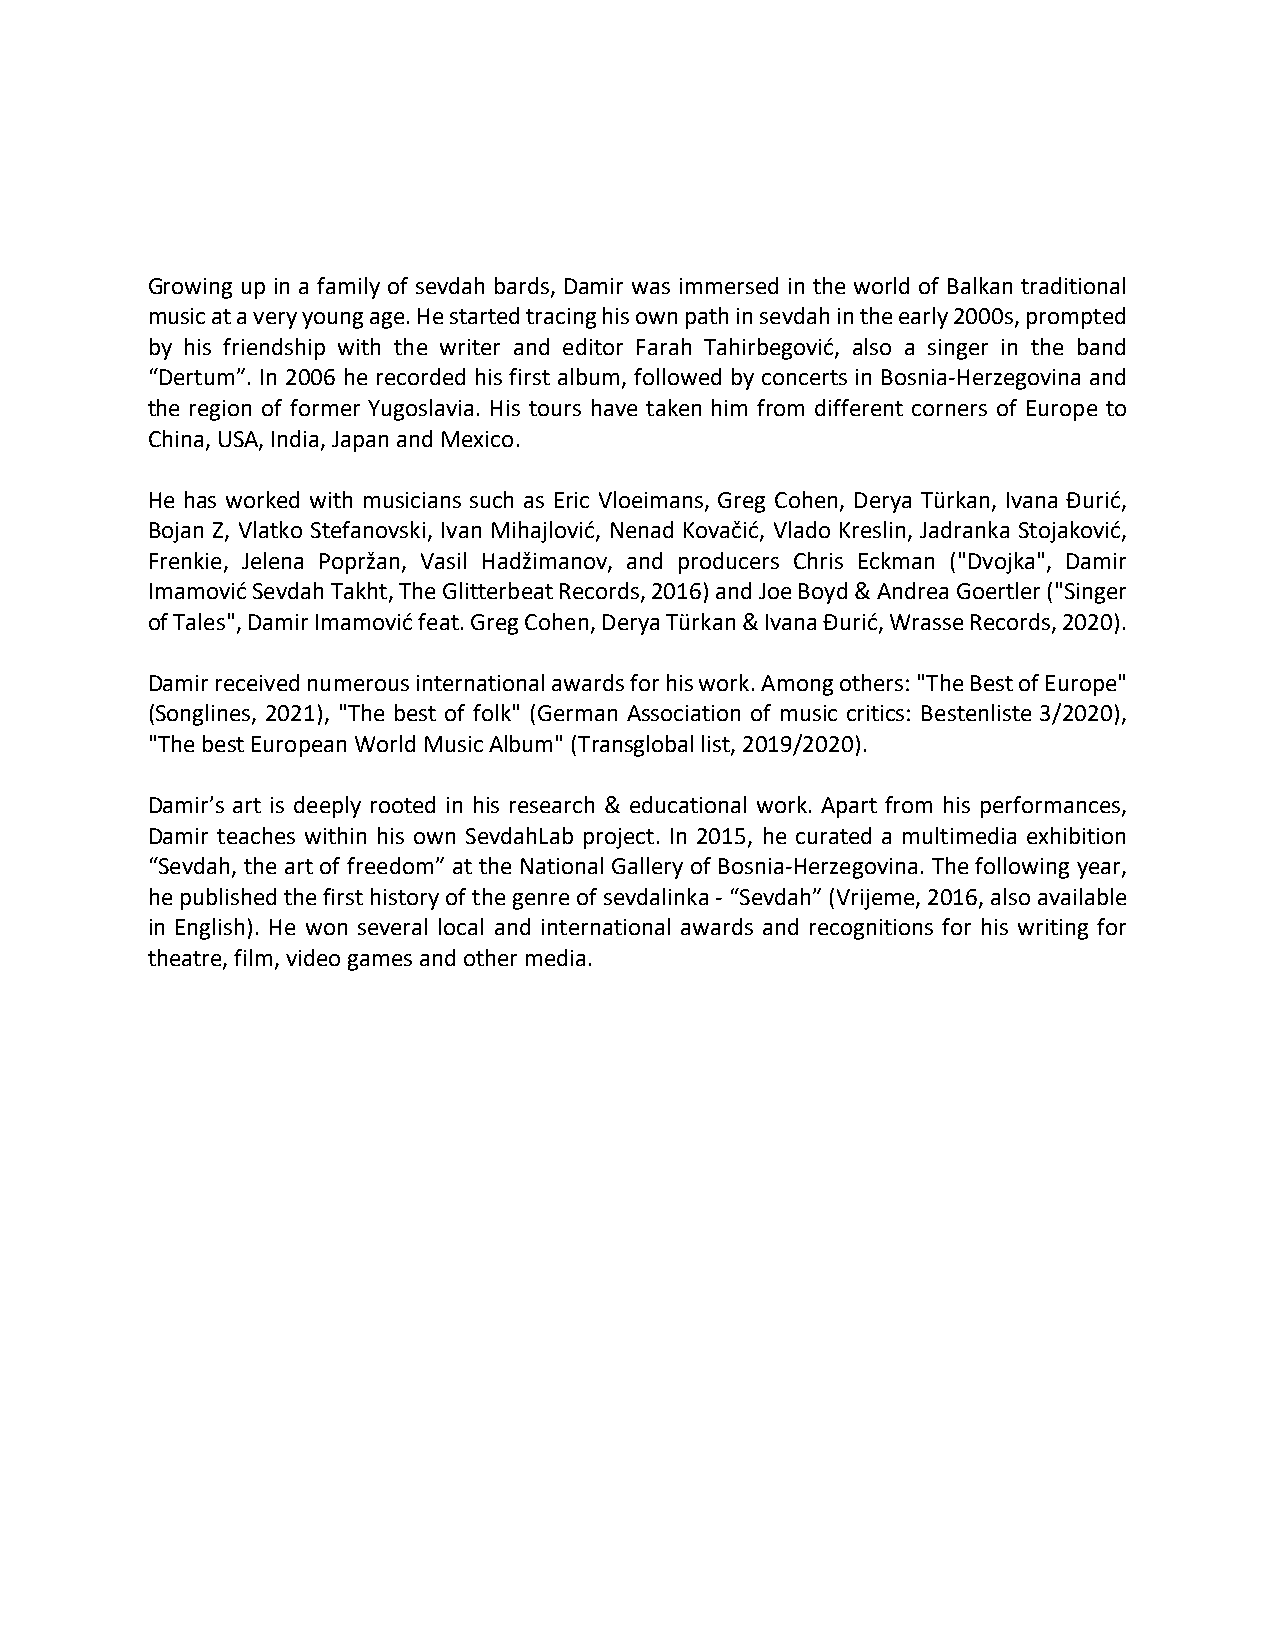
Growing up in a family of sevdah bards, Damir was immersed in the world of Balkan traditional
 music at a very young age. He started tracing his own path in sevdah in the early 2000s, prompted
 by his friendship with the writer and editor Farah Tahirbegović, also a singer in the band
 “Dertum”. In 2006 he recorded his first album, followed by concerts in Bosnia-Herzegovina and
 the region of former Yugoslavia. His tours have taken him from different corners of Europe to
 China, USA, India, Japan and Mexico.
 He has worked with musicians such as Eric Vloeimans, Greg Cohen, Derya Türkan, Ivana Đurić,
 Bojan Z, Vlatko Stefanovski, Ivan Mihajlović, Nenad Kovačić, Vlado Kreslin, Jadranka Stojaković,
 Frenkie, Jelena Popržan, Vasil Hadžimanov, and producers Chris Eckman ("Dvojka", Damir
 Imamović Sevdah Takht, The Glitterbeat Records, 2016) and Joe Boyd & Andrea Goertler ("Singer
 of Tales", Damir Imamović feat. Greg Cohen, Derya Türkan & Ivana Đurić, Wrasse Records, 2020).
 Damir received numerous international awards for his work. Among others: "The Best of Europe"
 (Songlines, 2021), "The best of folk" (German Association of music critics: Bestenliste 3/2020),
 "The best European World Music Album" (Transglobal list, 2019/2020).
 Damir’s art is deeply rooted in his research & educational work. Apart from his performances,
 Damir teaches within his own SevdahLab project. In 2015, he curated a multimedia exhibition
 “Sevdah, the art of freedom” at the National Gallery of Bosnia-Herzegovina. The following year,
 he published the first history of the genre of sevdalinka - “Sevdah” (Vrijeme, 2016, also available
 in English). He won several local and international awards and recognitions for his writing for
 theatre, film, video games and other media.